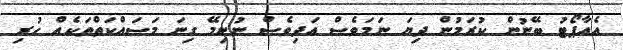
އެއާޕޯޓު ބޭނުން ކުރަމުން ދިޔަ ނަމަވެސް އަދިވެސް ނުނިމޭ ގިނަ މަސައްކަތްތަކެއް ހުރި